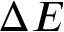
\Delta E